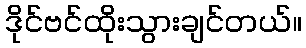
ဒိုင်ဗင်ထိုးသွားချင်တယ်။